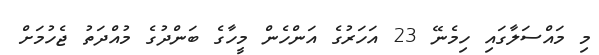
މި މައްސަލާގައި ހިމެނޭ 23 އަހަރުގެ އަންހެން މީހާގެ ބަންދުގެ މުއްދަތު ޖެހުމަށް